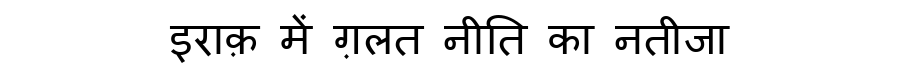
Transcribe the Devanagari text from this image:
इराक़ में ग़लत नीति का नतीजा